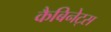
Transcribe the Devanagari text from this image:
कैबिनेट्स